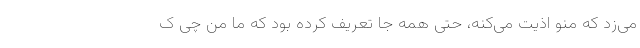
می‌زد که منو اذیت می‌کنه، حتی همه جا تعریف کرده بود که ما من چی ک